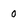
Character: 0